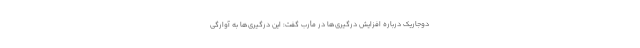
دوجاریک درباره افزایش درگیری‌ها در مأرب گفت: این درگیری‌ها به آوارگی